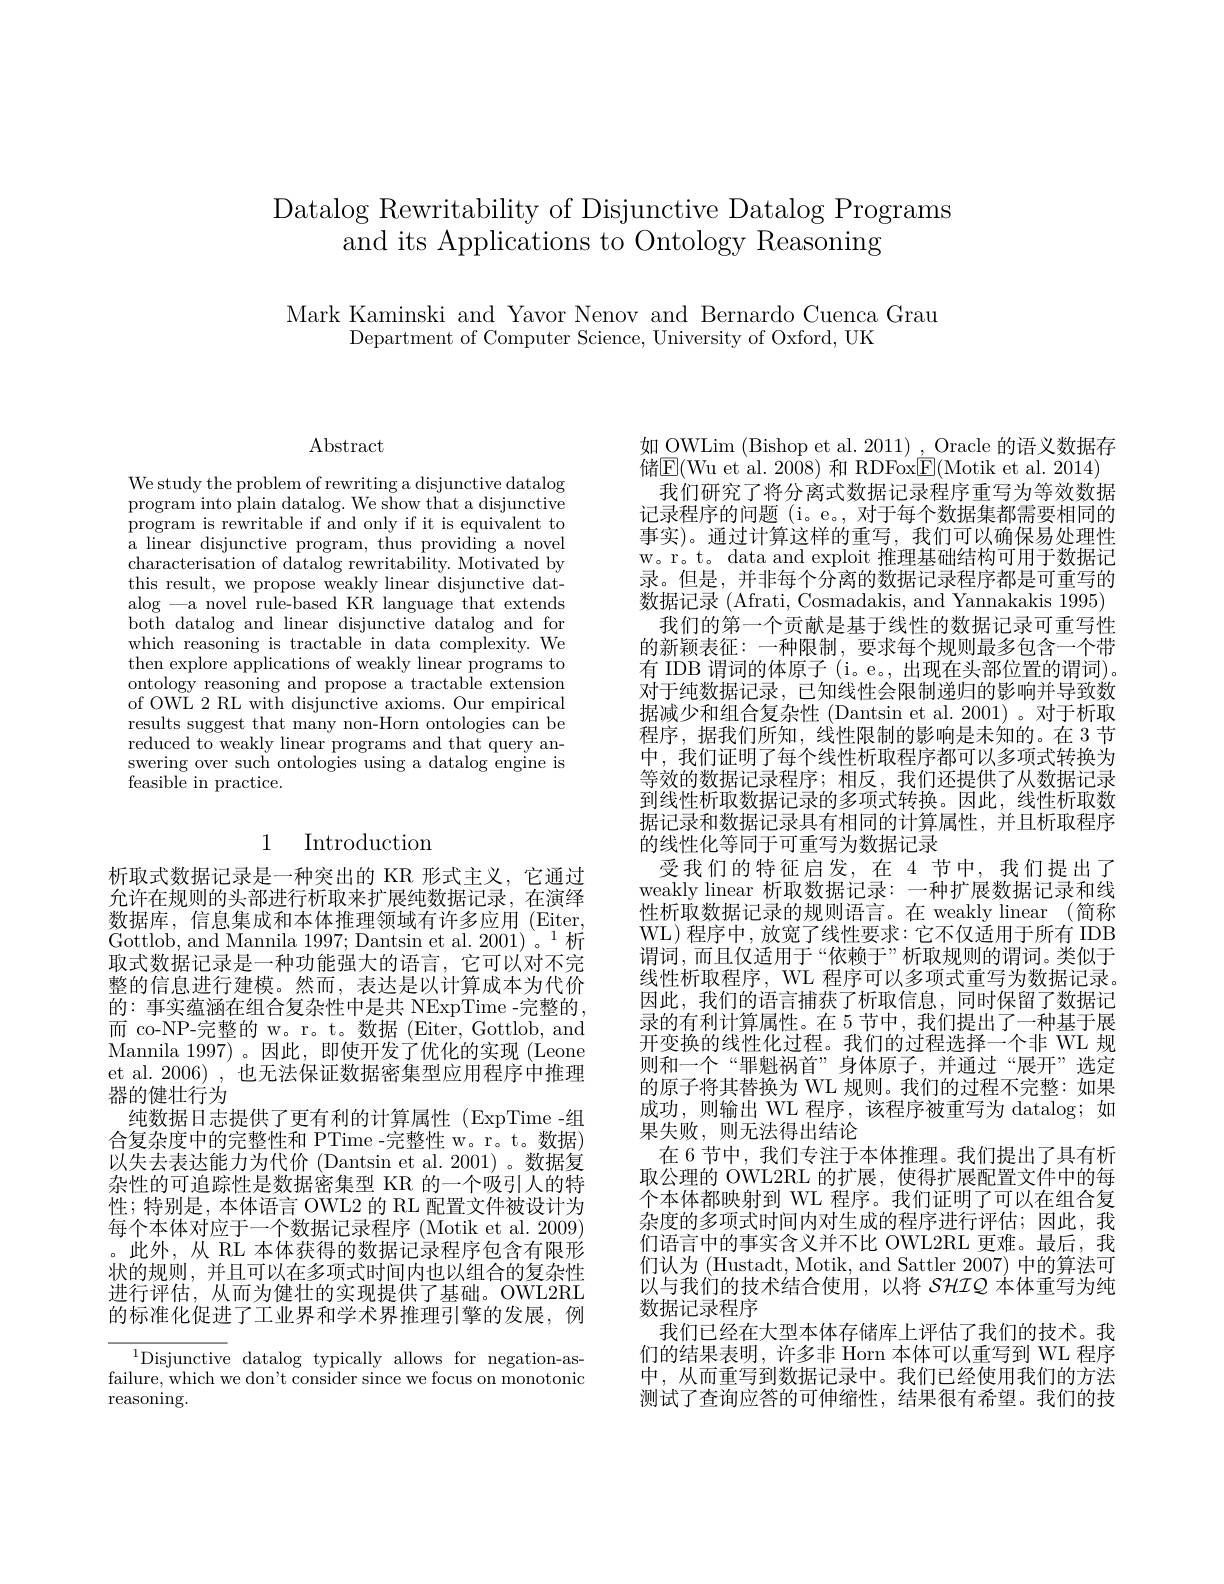
Datalog Rewritability of Disjunctive Datalog Programs
and its Applications to Ontology Reasoning

Mark Kaminski and Yavor Nenov and Bernardo Cuenca Grau
Department of Computer Science, University of Oxford, UK

$\operatorname{Abstract}$

We study the problem of rewriting a disjunctive datalog program into plain datalog. We show that a disjunctive program is rewritable if and only if it is equivalent to a linear disjunctive program, thus providing a novel characterisation of datalog rewritability. Motivated by this result, we propose weakly linear disjunctive datalog -a novel rule-based KR language that extends both datalog and linear disjunctive datalog and for which reasoning is tractable in data complexity. We then explore applications of weakly linear programs to ontology reasoning and propose a tractable extension of OWL 2 RL with disjunctive axioms. Our empirical results suggest that many non-Horn ontologies can be reduced to weakly linear programs and that query answering over such ontologies using a datalog engine is feasible in practice.

## 1 Introduction

析取式数据记录是一种突出的 KR 形式主义，它通过允许在规则的头部进行析取来扩展纯数据记录，在演绎数据库，信息集成和本体推理领域有许多应用(Eiter, Gottlob, and Mannila 1997; Dantsin et al. 2001)。$^1$析取式数据记录是一种功能强大的语言，它可以对不完整的信息进行建模。然而，表达是以计算成本为代价的：事实蕴涵在组合复杂性中是共 NExpTime -完整的， 而 co-NP-完整的 w。r。t。数据 (Eiter, Gottlob, and Mannila 1997) 。因此，即使开发了优化的实现(Leone et al. 2006) , 也无法保证数据密集型应用程序中推理器的健壮行为
纯数据日志提供了更有利的计算属性 (ExpTime -组合复杂度中的完整性和 PTime -完整性 w。r。t。数据) 以失去表达能力为代价 (Dantsin et al. 2001)。数据复杂性的可追踪性是数据密集型 KR 的一个吸引人的特性；特别是，本体语言 OWL2 的 RL 配置文件被设计为每个本体对应于一个数据记录程序 (Motik et al. 2009) 。此外，从 RL 本体获得的数据记录程序包含有限形状的规则，并且可以在多项式时间内也以组合的复杂性进行评估，从而为健壮的实现提供了基础。OWL2RL 的标准化促进了工业界和学术界推理引擎的发展，例

$^{1}$Disjunctive datalog typically allows for negation-asfailure, which we don't consider since we focus on monotonic reasoning.

如 OWLim (Bishop et al. 2011) , Oracle 的语义数据存储$\boxed{\mathrm{E}}($Wu et al. 2008) 和 RDFox$\boxed{\mathrm{F}}($Motik et al. 2014)
我们研究了将分离式数据记录程序重写为等效数据记录程序的问题 (i。e。, 对于每个数据集都需要相同的事实)。通过计算这样的重写，我们可以确保易处理性w。r。t。data and exploit 推理基础结构可用于数据记录。但是，并非每个分离的数据记录程序都是可重写的数据记录 (Afrati, Cosmadakis, and Yannakakis 1995)
我们的第一个贡献是基于线性的数据记录可重写性的新颖表征：一种限制，要求每个规则最多包含一个带有 IDB 谓词的体原子 (i。e。, 出现在头部位置的谓词)。对于纯数据记录，已知线性会限制递归的影响并导致数据减少和组合复杂性 (Dantsin et al. 2001) 。对于析取程序，据我们所知，线性限制的影响是未知的。在 3节中，我们证明了每个线性析取程序都可以多项式转换为等效的数据记录程序；相反，我们还提供了从数据记录到线性析取数据记录的多项式转换。因此，线性析取数据记录和数据记录具有相同的计算属性，并且析取程序的线性化等同于可重写为数据记录
受我们的特征启发，在4节中，我们提出了weakly linear 析取数据记录：一种扩展数据记录和线性析取数据记录的规则语言。在 weakly linear (简称WL)程序中，放宽了线性要求：它不仅适用于所有 IDB 谓词，而且仅适用于“依赖于”析取规则的谓词。类似于线性析取程序，WL 程序可以多项式重写为数据记录。因此，我们的语言捕获了析取信息，同时保留了数据记录的有利计算属性。在 5 节中，我们提出了一种基于展开变换的线性化过程。我们的过程选择一个非 WL 规则和一个“罪魁祸首”身体原子，并通过“展开”选定的原子将其替换为 WL 规则。我们的过程不完整：如果成功，则输出 WL 程序，该程序被重写为 datalog;如果失败，则无法得出结论
在 6 节中，我们专注于本体推理。我们提出了具有析取公理的 OWL2RL 的扩展，使得扩展配置文件中的每个本体都映射到 WL 程序。我们证明了可以在组合复杂度的多项式时间内对生成的程序进行评估；因此，我们语言中的事实含义并不比 OWL2RL 更难。最后，我们认为 (Hustadt, Motik, and Sattler 2007) 中的算法可以与我们的技术结合使用，以将 SHIQ 本体重写为纯数据记录程序
我们已经在大型本体存储库上评估了我们的技术。我们的结果表明，许多非 Horn 本体可以重写到 WL 程序中，从而重写到数据记录中。我们已经使用我们的方法测试了查询应答的可伸缩性，结果很有希望。我们的技